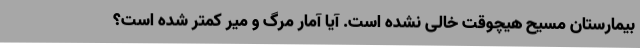
بیمارستان مسیح هیچوقت خالی نشده است. آیا آمار مرگ و میر کمتر شده است؟